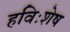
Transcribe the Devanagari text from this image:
हविःशेष